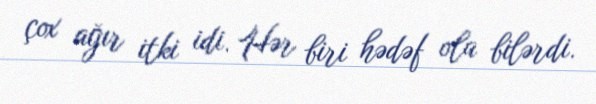
çox ağır itki idi. Hər biri hədəf ola bilərdi.